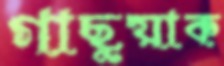
গাছুয়াক